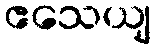
ဧသေယျ